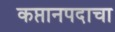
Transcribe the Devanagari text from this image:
कप्तानपदाचा